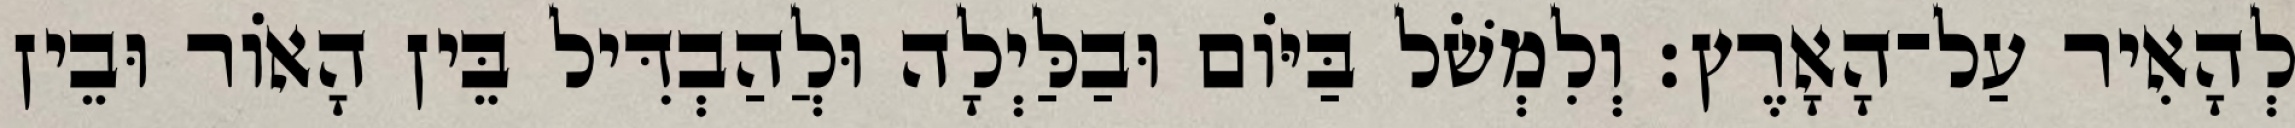
לְהָאִיר עַל־הָאָרֶץ׃ וְלִמְשֹׁל בַּיֹּום וּבַלַּיְלָה וּלֲהַבְדִּיל בֵּין הָאֹור וּבֵין